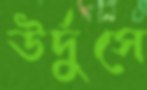
উর্দুসে